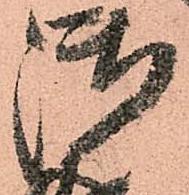
御